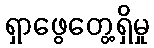
ရှာဖွေတွေ့ရှိမှု